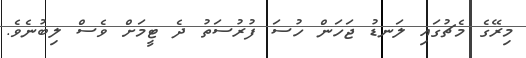
މިރޭގެ މެޗުގައި ލަނޑު ޖަހަން ހުސަ ފުރުސަތު ދެ ޓީމަށް ވެސް ލިބުނެވެ.